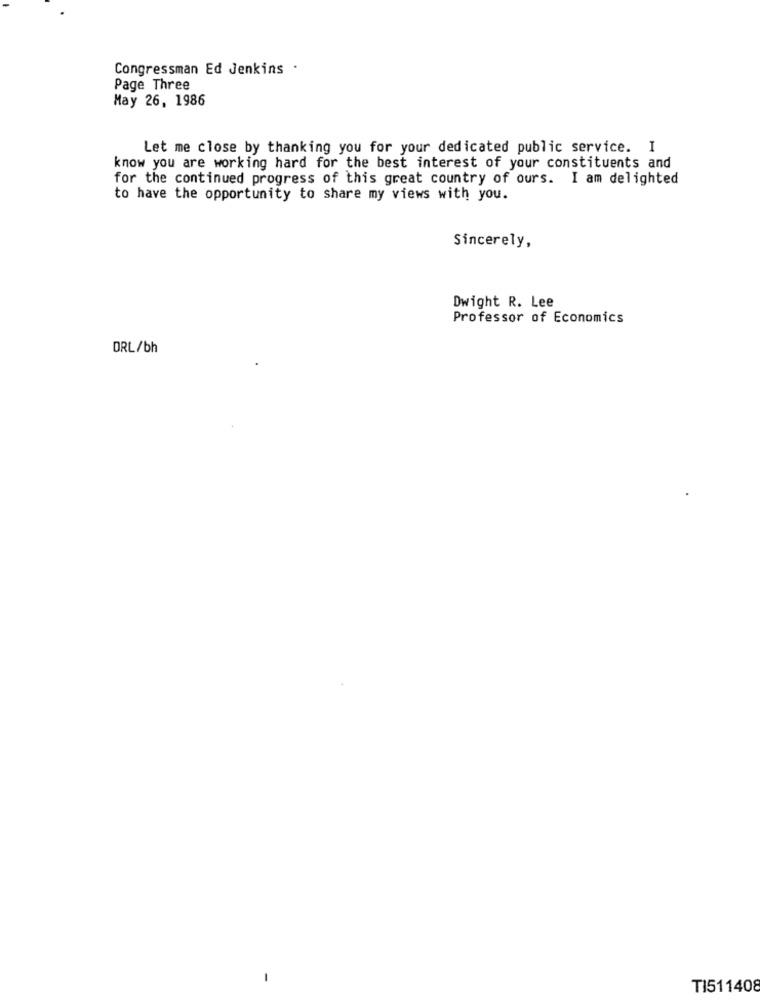
Congressman Ed Jenkins .
Page Three
May 26, 1986
Let me close by thanking you for your dedicated public service. I
know you are working hard for the best interest of your constituents and
for the continued progress of this great country of ours. I am delighted
to have the opportunity to share my views with you.
Sincerely,
Dwight R. Lee
Professor of Economics
ORL/bh
TI511408